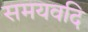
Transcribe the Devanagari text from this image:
समयवदि